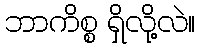
ဘာကိစ္စ ရှိလို့လဲ။